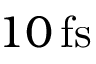
1 0 \, \mathrm { f s }